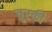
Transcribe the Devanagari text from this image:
तुरकी